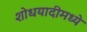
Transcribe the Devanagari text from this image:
शोधयादीमध्ये